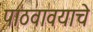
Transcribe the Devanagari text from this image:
पाठवावयाचे